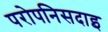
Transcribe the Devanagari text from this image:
परोपनिसदाइ